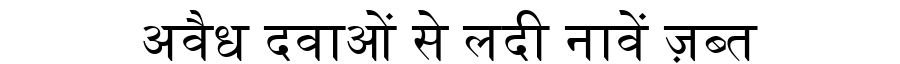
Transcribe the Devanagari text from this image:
अवैध दवाओं से लदी नावें ज़ब्त